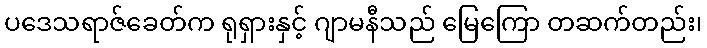
ပဒေသရာဇ်ခေတ်က ရုရှားနှင့် ဂျာမနီသည် မြေကြော တဆက်တည်း၊